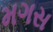
મગસ